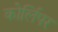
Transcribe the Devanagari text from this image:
कोर्लिपर